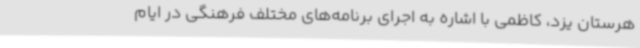
هرستان یزد، کاظمی با اشاره به اجرای برنامه‌های مختلف فرهنگی در ایام